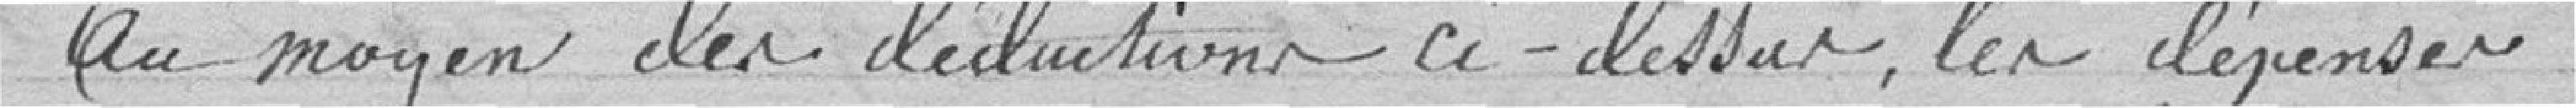
au moyen des déductions ci-dessus, les dépenses